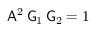
\mathsf { A } ^ { 2 } \, \mathsf { G } _ { 1 } \, \mathsf { G } _ { 2 } = 1